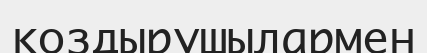
қоздырушылармен